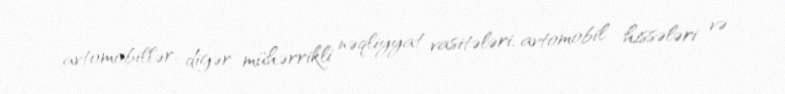
avtomobillər, digər mühərrikli nəqliyyat vasitələri, avtomobil hissələri və